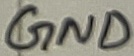
Text: GND